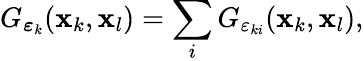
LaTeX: G_{\boldsymbol{\varepsilon}_{k}}(\mathbf{x}_{k},\mathbf{x}_{l})=\sum_{i}G_{\varepsilon_{ki}}(\mathbf{x}_{k},\mathbf{x}_{l}),